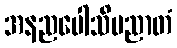
အနညပေါသိမညာတံ